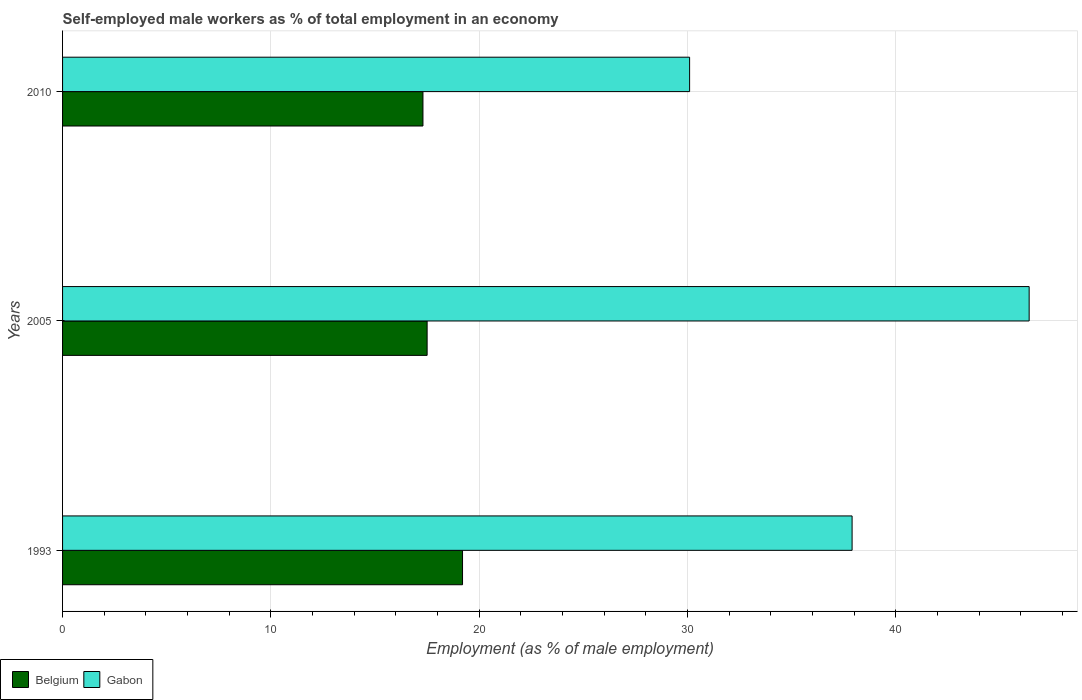
| Years | Belgium | Gabon |
 | --- | --- | --- |
 | 1993 | 19.2 | 37.9 |
 | 2005 | 17.5 | 46.4 |
 | 2010 | 17.3 | 30.1 |